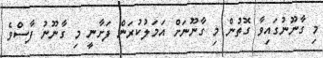
މި ގާނޫނުގައިވާ ގޮތުން މި ގާނޫނަށް އަމަލުކުރަން ފަށާނީ މި ގާނޫނު ފާސްވެ